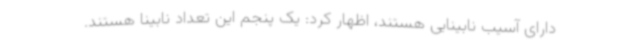
دارای آسیب نابینایی هستند، اظهار کرد: یک پنجم این تعداد نابینا هستند.